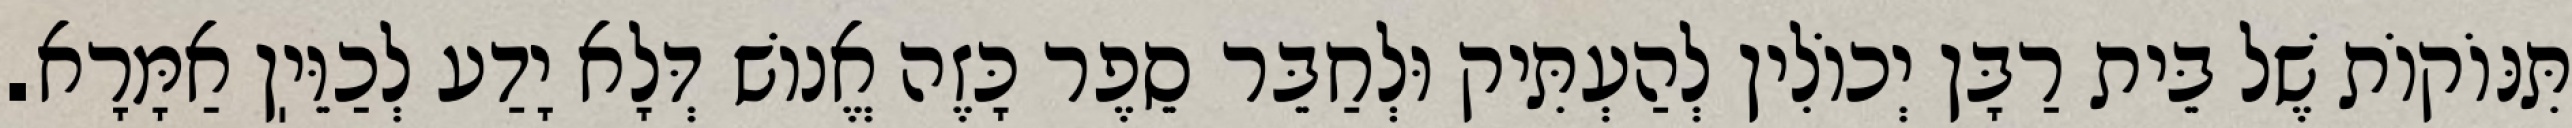
תִּנּוֹקוֹת שֶׁל בֵּית רַבָּן יְכוֹלִין לְהַעְתִּיק וּלְחַבֵּר סֵפֶר כָּזֶה אֱנוֹשׁ דְּלָא יָדַע לְכַוֵּיֽן אַמָּרָא.